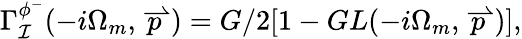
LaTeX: \Gamma_{\mathcal{I}}^{\phi^{-}}(-i\Omega_{m},\stackrel{\rightharpoonup}{p})=G/2[1-GL(-i\Omega_{m},\stackrel{\rightharpoonup}{p})],